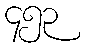
၄၅၃